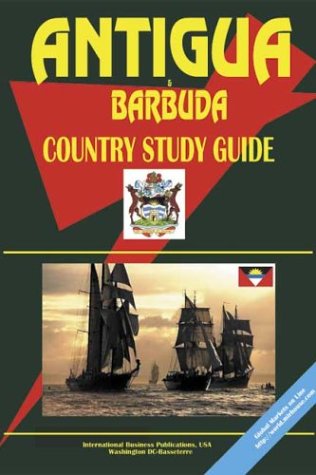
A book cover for Antigua and Barbuda Country Study Guide (World Country Study Guide Library); Travel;